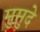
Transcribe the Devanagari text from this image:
मुमुदे